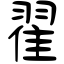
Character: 翟